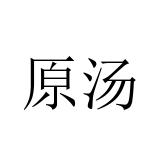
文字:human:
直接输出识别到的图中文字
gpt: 原汤